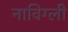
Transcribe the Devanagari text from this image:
नाविग्ली